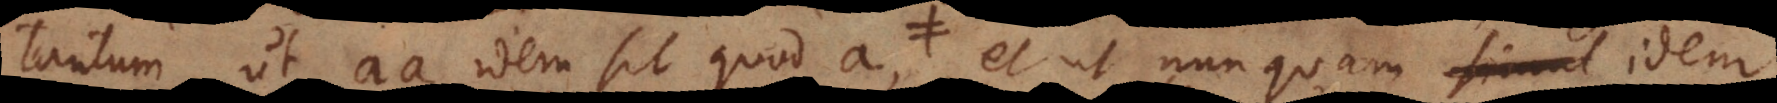
tantum ut aa idem sit quod a, et non‐a non‐a idem